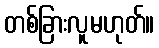
တစ်ခြားလူမဟုတ်။